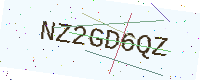
Text: NZ2GD6QZ